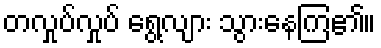
တလှုပ်လှုပ် ရွေ့လျား သွားနေကြ၏။